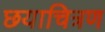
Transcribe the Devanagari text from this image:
छयाचित्रण